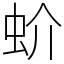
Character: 蚧